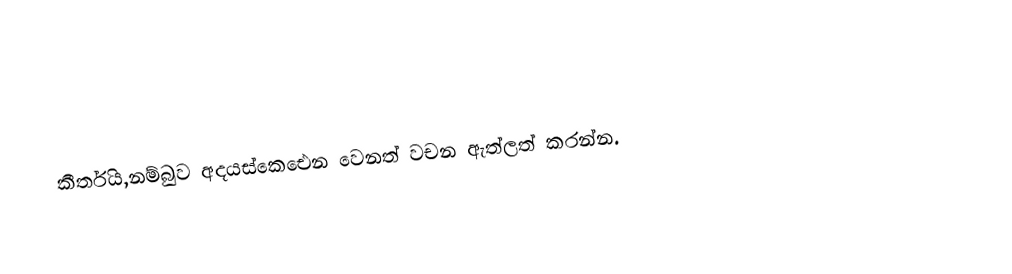
කීර්තිය,නම්බුව අදයස්කෙඓන වෙනත්  වචන ඇත්ලත් කරන්න.